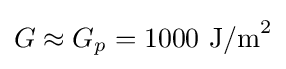
G\approx G_{p}=1000\,\,{\text{J/m}}^{2}